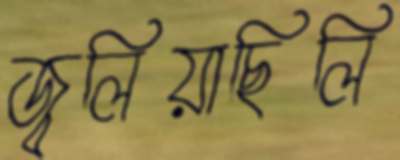
জ্বলিয়াছিলি